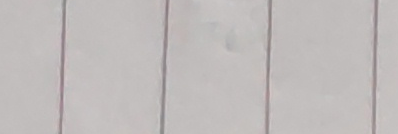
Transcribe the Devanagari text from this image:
मलाई नेपालमा कतिवटा प्रदेश छन्